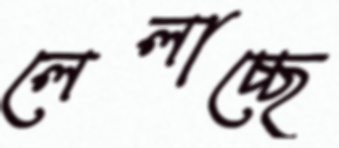
লেলাচ্ছে